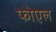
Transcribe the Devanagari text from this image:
फोएल